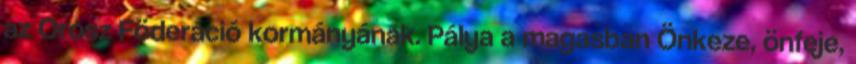
az Orosz Föderáció kormányának. Pálya a magasban Önkeze, önfeje,